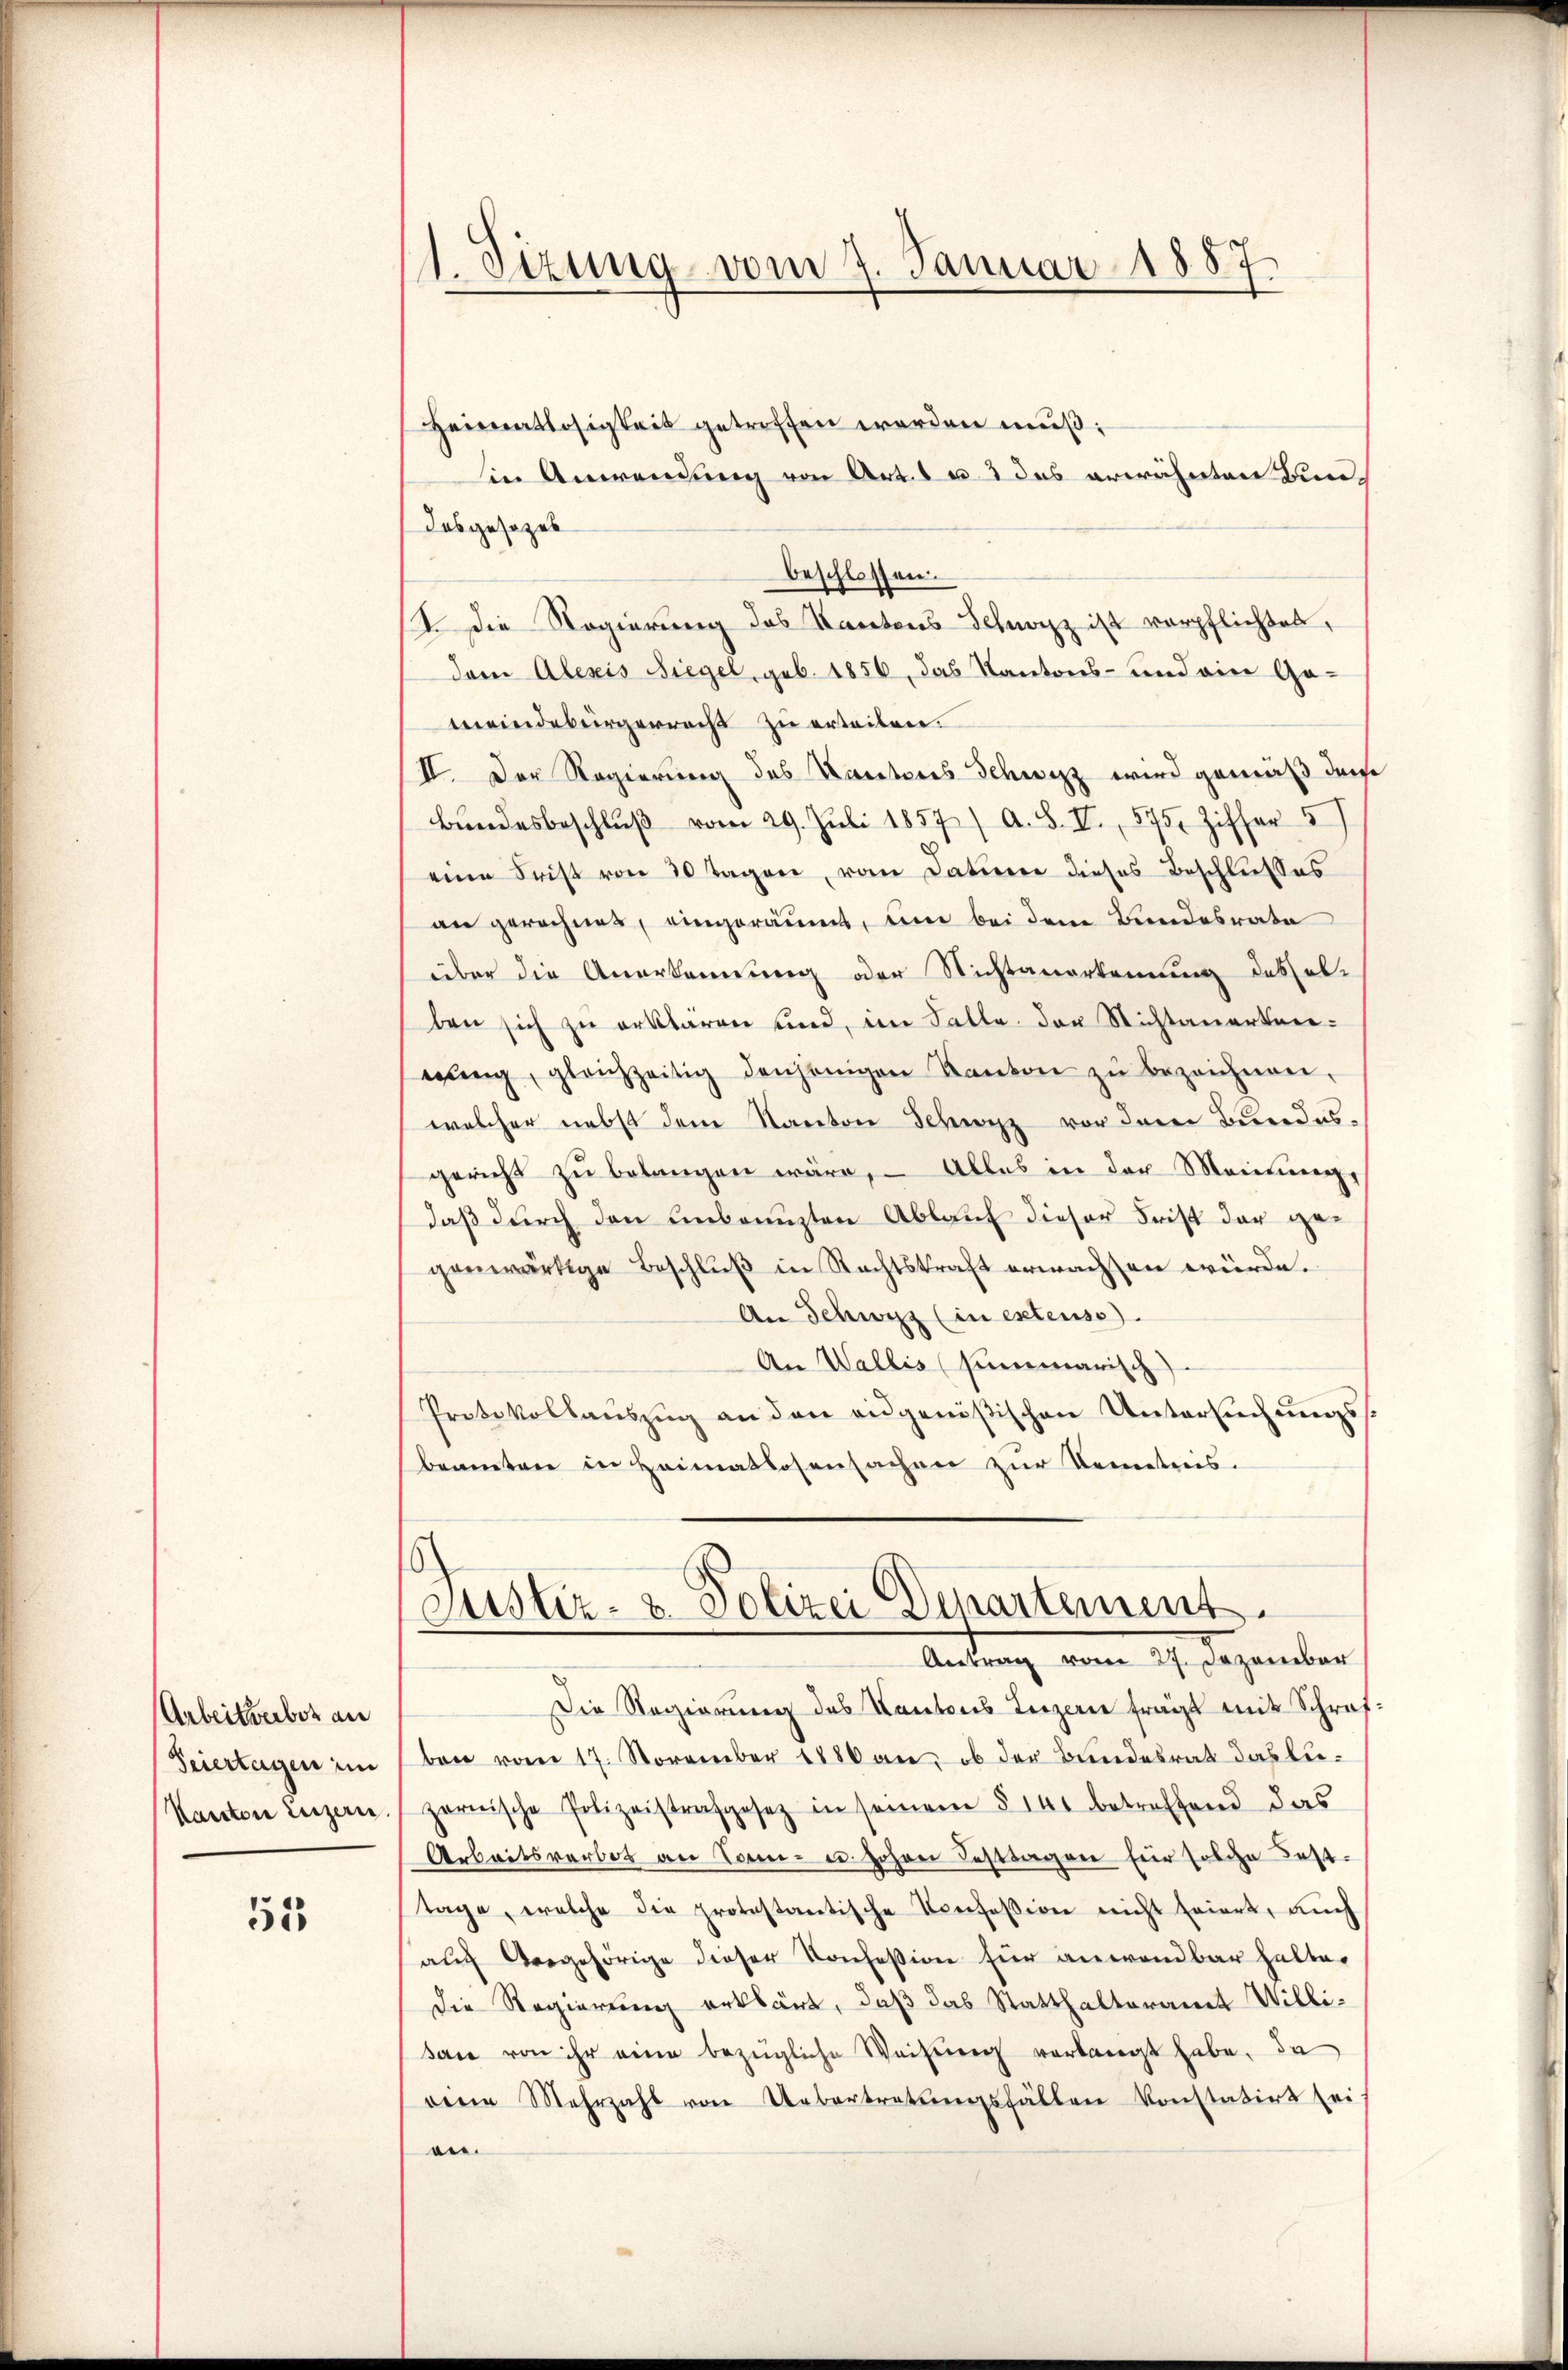
Arbeitserber an
Feiertagen im
Kanton Luzern.

51

1. Sizung vom 7. Januar 1887.
1

Heimatlosigkeit getroffen werden muß:
Ein Anwendung von Art. 1 u. 2 das erwähnten Bun¬
Das gesezes
beschlossen.
I. Die Regierung des Kantons Schwarz ist verpflichtet,
dem Alexis Siegel, geb. 1856, das Kantons- und ein Gemeindebürgerrecht zu erteilen.
II. Der Regierung des Kantons Schwyz wird gemäß dense
Bŭndesbeschlŭβ vom 29. Jŭli 1857 / A. S. II., 575. Ziffer 5
eine Frist von 30 Tagen, vom Datum dieses Beschlusses
an gerechnet, eingeräumt, und bei dem Bundesrate
über die Anerkennung oder Nichtanerkennung des ab-
ben sich zu erklären und, im Falle der Nichtanertreieŭng, gleichzeitig denjenigen Kanton zŭ bezeichnen,
welcher nebst dem Kanton Schwyz vor dem Bundesgericht zu belangen wäre, – Alles in der Meinung,
daß durch den Anbrunsten Ablauf dieser Frist der gegenwärtige Beschluß in Rechtskraft erwachsen würde.
An Schwyz (in extenso
An Wallis (summarisch
Protokollauszug an den eidgenößischen Untersuchungssbeamten in Heimatlosensachen zur Nemetris.
Justiz- & Polizei Departement.
.
Andung vom 17. Dezember
Die Regierung des Kantons Luzern fragt mit Schrafben vom 17. November 1886 an, ob der Bundesrat das lieparnische Polizeistrafgesetz in seinem § 140 betreffend das
Arbeitsverbot an Sonn- u. Johan Festtagen für solche Best
tage, welche die protestantische Konfession nicht feiert, auch
auch Vergehörige dieser Konfession für anwendbar halter
Die Regierung erklärt, daß das Statthalteramt Willisaxe von ihr eine bezügliche Weisung verlangt habe, da
reine Mehrzahl von Uebertretŭngsfällen konstatirt sei.
ee.